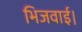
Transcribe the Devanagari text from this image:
भिजवाई।